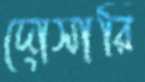
দোসারি